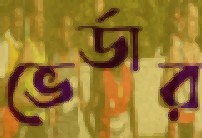
ভের্ডার